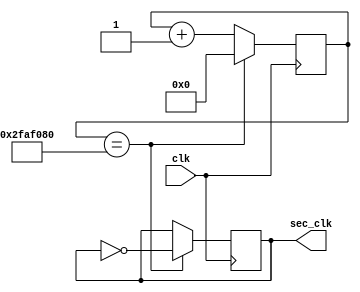
`timescale 1ns / 1ps

module divider(
	input clk,
    output sec_clk
    );

reg [31:0] count;
reg sec_temp;

always @(posedge clk) begin

    count <= count + 1;
	if(count == 32'h2FAF080)
	begin
	   count <= 0;
	   sec_temp <= ~sec_temp;
	end
	
end 

assign sec_clk = sec_temp;

endmodule